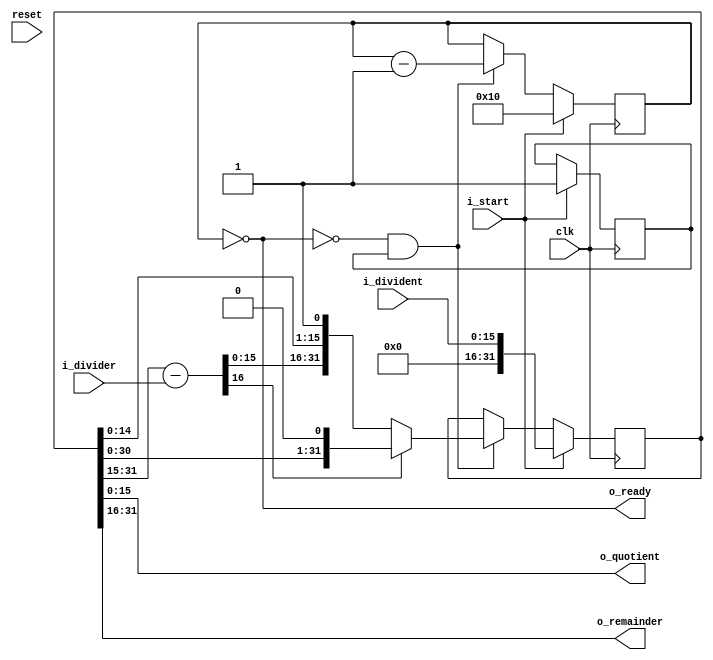
module streamlined_divider(clk, reset, i_start, i_divident, i_divider, o_quotient, o_remainder, o_ready);

    parameter WIDTH=16;

    input               clk;
    input               reset;

    input               i_start;
    output              o_ready;

    input [WIDTH-1:0]   i_divident;
    input [WIDTH-1:0]   i_divider;

    output [WIDTH-1:0]  o_quotient;
    output [WIDTH-1:0]  o_remainder;

//
//              0000 1011
//  """"""""|
//     1011 |   0001 0110     <- qr reg
// -0011    |  -0011          <- divider (never changes)
//  """"""""|
//     1011 |   0010 110o     <- qr reg
//  -0011   |  -0011
//  """"""""|
//     1011 |   0101 10oo     <- qr reg
//   -0011  |  -0011
//  """"""""|   0010 1000     <- qr reg before shift
//     0101 |   0101 0ooi     <- after shift
//    -0011 |  -0011
//  """"""""|   0010 ooii
//       10 |
//
// Quotient, 3 (0011); remainder 2 (10).

    reg [WIDTH*2-1:0]   r_qr;
    reg [WIDTH:0]       r_diff;
    reg [4:0]           r_bit = 0;
    reg                 r_started = 0;

    wire [WIDTH:0]      w_diff;

    assign o_remainder = r_qr[WIDTH*2-1:WIDTH];
    assign o_quotient = r_qr[WIDTH-1:0];
    assign o_ready = (r_bit == 0);

    assign w_diff = r_qr[WIDTH*2-1:WIDTH-1] - {1'b0, i_divider};


    always @ (posedge clk) begin
        if (i_start) begin
            r_bit <= WIDTH;
            r_qr <= {{WIDTH{1'b0}}, i_divident};
            r_started <= 1'b1;
        end
        else begin
            if (!o_ready && r_started) begin
                if (w_diff[WIDTH]) begin
                    r_qr <= {r_qr[WIDTH*2-2:0], 1'b0};
                end
                else begin
                    r_qr <= {w_diff[WIDTH-1:0], r_qr[WIDTH-2:0], 1'b1};
                end

                r_bit <= r_bit - 1;
            end

        end
    end


endmodule